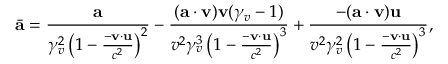
\bar { \mathbf { a } } = \frac { \mathbf { a } } { \gamma _ { v } ^ { 2 } \left( 1 - \frac { - \mathbf { v } \cdot \mathbf { u } } { c ^ { 2 } } \right) ^ { 2 } } - \frac { ( \mathbf { a } \cdot \mathbf { v } ) \mathbf { v } ( \gamma _ { v } - 1 ) } { v ^ { 2 } \gamma _ { v } ^ { 3 } \left( 1 - \frac { - \mathbf { v } \cdot \mathbf { u } } { c ^ { 2 } } \right) ^ { 3 } } + \frac { - ( \mathbf { a } \cdot \mathbf { v } ) \mathbf { u } } { v ^ { 2 } \gamma _ { v } ^ { 2 } \left( 1 - \frac { - \mathbf { v } \cdot \mathbf { u } } { c ^ { 2 } } \right) ^ { 3 } } ,